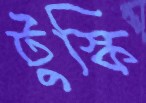
টুস্কি